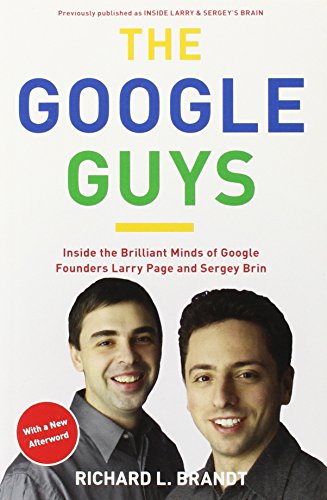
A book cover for The Google Guys: Inside the Brilliant Minds of Google Founders Larry Page and Sergey Brin; Richard L. Brandt; Computers & Technology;